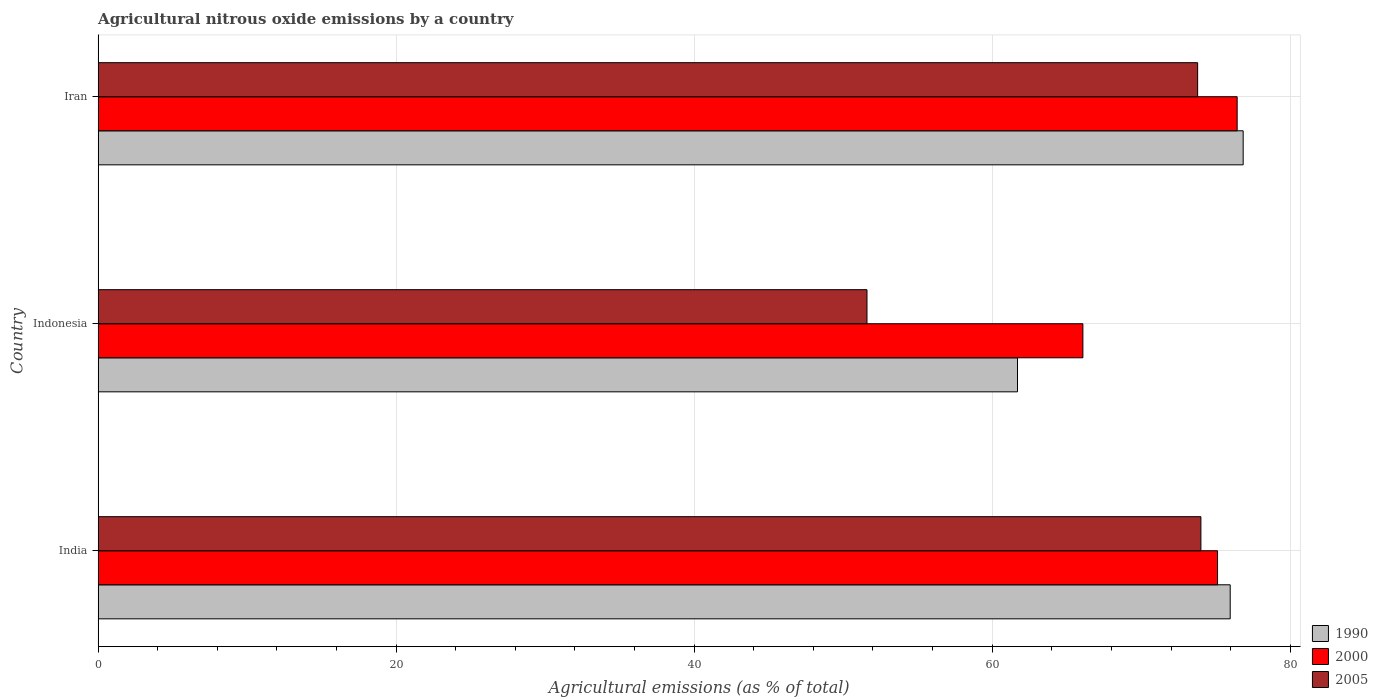
| Country | 1990 | 2000 | 2005 |
 | --- | --- | --- | --- |
 | India | 76 | 75.1 | 74 |
 | Indonesia | 61.7 | 66.1 | 51.6 |
 | Iran | 76.8 | 76.4 | 73.8 |